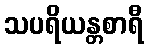
သပရိယန္တစာရီ